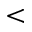
<